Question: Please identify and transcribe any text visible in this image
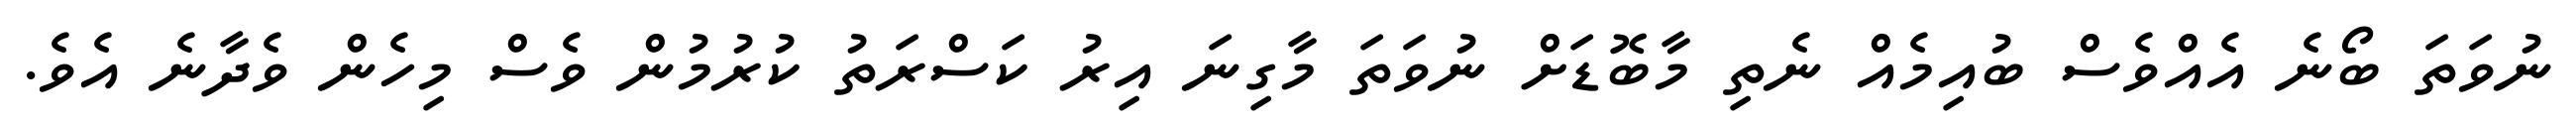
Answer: ނުވަތަ ބޯނެ އެއްވެސް ބުއިމެއް ނެތި މާބޮޑަށް ނުވަތަ މާގިނަ އިރު ކަސްރަތު ކުރުމުން ވެސް މިހެން ވެދާނެ އެވެ.